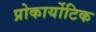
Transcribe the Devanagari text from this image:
प्रोकार्योटिक